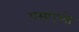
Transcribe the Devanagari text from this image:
एमएओ